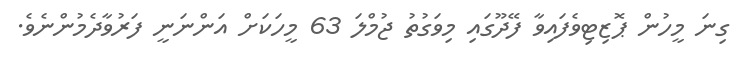
ގިނަ މީހުން ޕޮޒިޓިވެފައިވާ ފޭދޫގައި މިވަގުތު ޖުމްލަ 63 މީހަކަށް އަންނަނީ ފަރުވާދެމުންނެވެ.